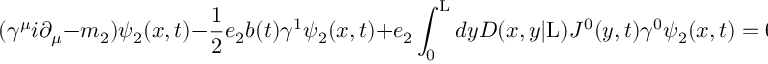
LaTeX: ( { \gamma } ^ { \mu } i { \partial } _ { \mu } - m _ { 2 } ) { \psi } _ { 2 } ( x , t ) - \frac { 1 } { 2 } e _ { 2 } b ( t ) { \gamma } ^ { 1 } { \psi } _ { 2 } ( x , t ) + e _ { 2 } \int _ { 0 } ^ { \mathrm { L } } d y D ( x , y | \mathrm { L } ) J ^ { 0 } ( y , t ) { \gamma } ^ { 0 } { \psi } _ { 2 } ( x , t ) = 0 .